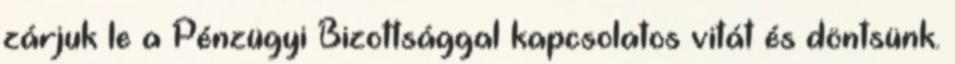
zárjuk le a Pénzügyi Bizottsággal kapcsolatos vitát és döntsünk.